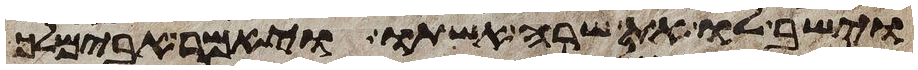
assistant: וישב לו את שרה אשתו ויאמר אבימלך